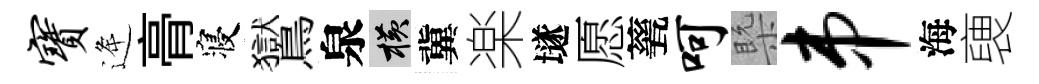
宝逄𮌔寝鸑泉横冀楽𡑞愿甆呵槩串海褏